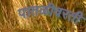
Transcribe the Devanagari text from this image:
पातळीवरती